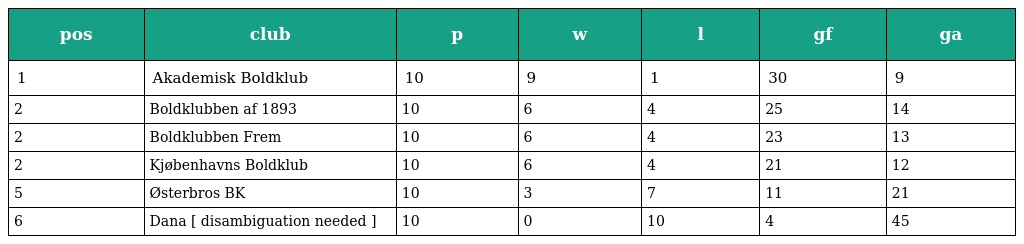
| pos | club | p | w | l | gf | ga |
 | --- | --- | --- | --- | --- | --- | --- |
 | 1 | Akademisk Boldklub | 10 | 9 | 1 | 30 | 9 |
 | 2 | Boldklubben af 1893 | 10 | 6 | 4 | 25 | 14 |
 | 2 | Boldklubben Frem | 10 | 6 | 4 | 23 | 13 |
 | 2 | Kjøbenhavns Boldklub | 10 | 6 | 4 | 21 | 12 |
 | 5 | Østerbros BK | 10 | 3 | 7 | 11 | 21 |
 | 6 | Dana [ disambiguation needed ] | 10 | 0 | 10 | 4 | 45 |